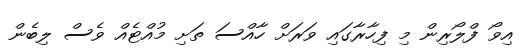
އިވޯ ފްލޯރިން މި ފިހާރާގައި ވަރަށް ހާއްސަ ތަށި މުއްޓެއް ވެސް ލިބެން